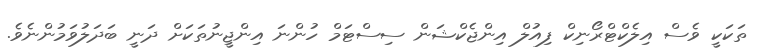
ތަކަކީ ވެސް އިލެކްޓްރޯނިކް ފިއުލް އިންޖެކްޝަން ސިސްޓަމް ހުންނަ އިންޖީނުތަކަށް ދަނީ ބަދަލުވަމުންނެވެ.